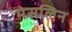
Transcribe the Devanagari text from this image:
मेसलिन